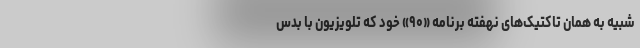
شبیه به همان تاکتیک‌های نهفته برنامه «۹۰»‌ خود که تلویزیون با بدس